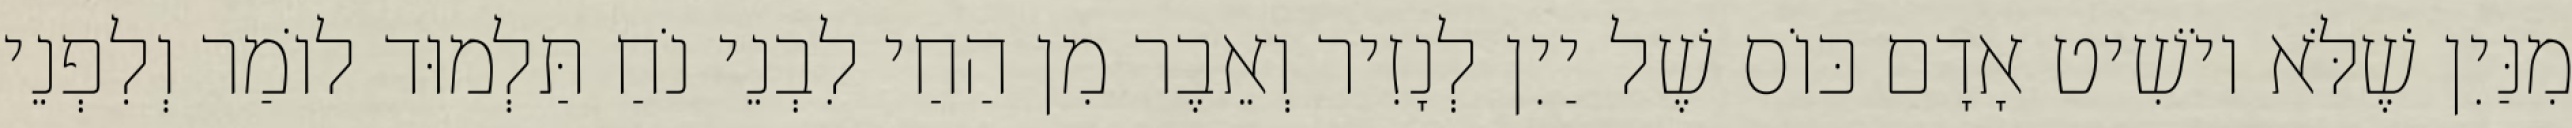
מִנַּיִן שֶׁלֹּא יוֹשִׁיט אָדָם כּוֹס שֶׁל יַיִן לְנָזִיר וְאֵבֶר מִן הַחַי לִבְנֵי נֹחַ תַּלְמוּד לוֹמַר וְלִפְנֵי